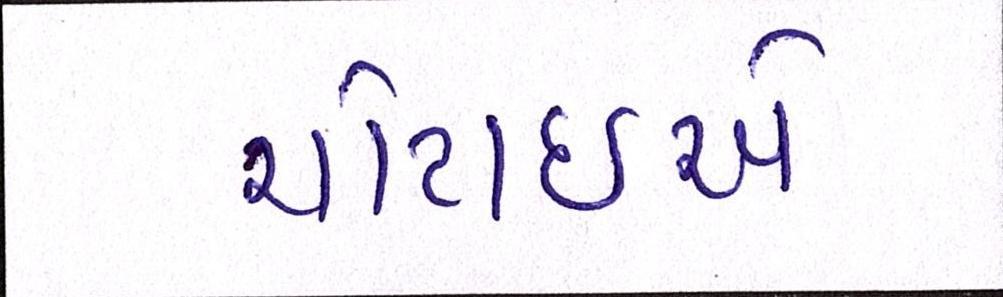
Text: ચોટાઇએ